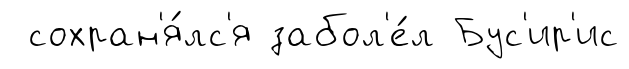
сохран'я́лс'я забол'е́л Бус'ир'ис